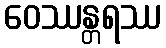
ဝေဿန္တရဿ